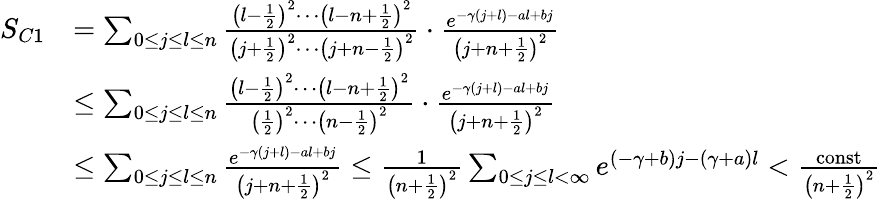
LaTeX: \begin{array}{rl}{S_{C1}}&{=\sum_{0\le j\le l\le n}\frac{\left(l-\frac{1}{2}\right)^{2}\cdots\left(l-n+\frac{1}{2}\right)^{2}}{\left(j+\frac{1}{2}\right)^{2}\cdots\left(j+n-\frac{1}{2}\right)^{2}}\cdot\frac{e^{-\gamma(j+l)-al+bj}}{\left(j+n+\frac{1}{2}\right)^{2}}}\\ &{\le\sum_{0\le j\le l\le n}\frac{\left(l-\frac{1}{2}\right)^{2}\cdots\left(l-n+\frac{1}{2}\right)^{2}}{\left(\frac{1}{2}\right)^{2}\cdots\left(n-\frac{1}{2}\right)^{2}}\cdot\frac{e^{-\gamma(j+l)-al+bj}}{\left(j+n+\frac{1}{2}\right)^{2}}}\\ &{\le\sum_{0\le j\le l\le n}\frac{e^{-\gamma(j+l)-al+bj}}{\left(j+n+\frac{1}{2}\right)^{2}}\le\frac{1}{\left(n+\frac{1}{2}\right)^{2}}\sum_{0\le j\le l<\infty}e^{(-\gamma+b)j-(\gamma+a)l}<\frac{\textrm{const}}{\left(n+\frac{1}{2}\right)^{2}}}\end{array}